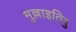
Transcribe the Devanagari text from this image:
मुल्लाइतिवु